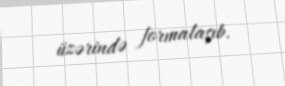
üzərində formalaşıb.